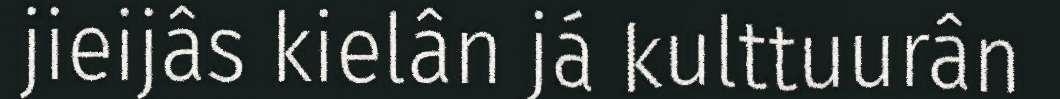
jieijâs kielân já kulttuurân